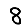
Digit: 8